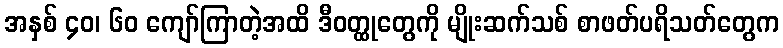
အနှစ် ၄၀၊ ၆၀ ကျော်ကြာတဲ့အထိ ဒီဝတ္ထုတွေကို မျိုးဆက်သစ် စာဖတ်ပရိသတ်တွေက